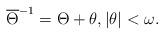
LaTeX: \begin{align*}\overline{\Theta}^{-1}=\Theta+\theta,|\theta|<\omega.\end{align*}